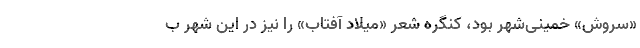
«سروش» خمینی‌شهر بود، کنگره شعر «میلاد آفتاب» را نیز در این شهر ب